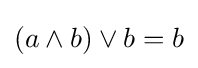
(a\wedge b)\vee b=b